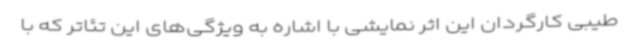
طیبی کارگردان این اثر نمایشی با اشاره به ویژگی‌های این تئاتر که با